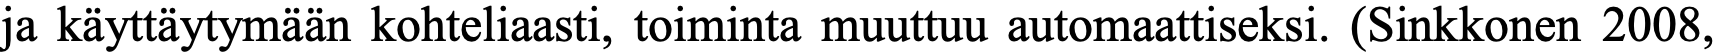
ja käyttäytymään kohteliaasti, toiminta muuttuu automaattiseksi. (Sinkkonen 2008,